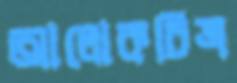
আলোকচিত্র